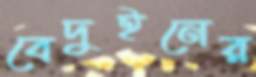
বেদুইনের